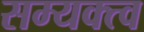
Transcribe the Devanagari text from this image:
सम्यक्त्व